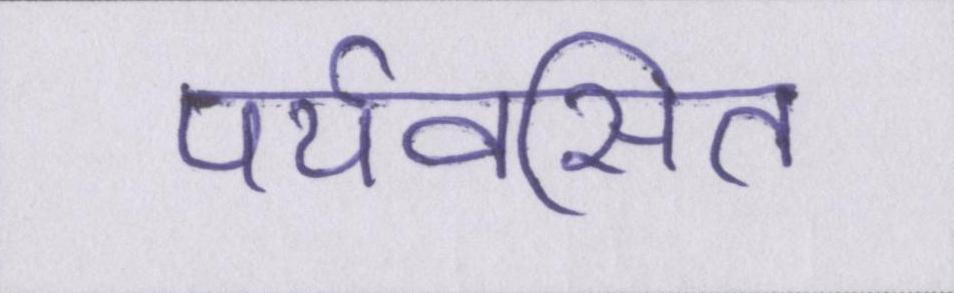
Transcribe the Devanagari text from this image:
पर्यवसित